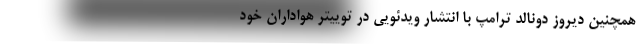
همچنین دیروز دونالد ترامپ با انتشار ویدئویی در توییتر هواداران خود